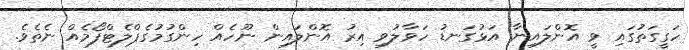
ހަގީގަތުގައި ވީ އޮންލައިނާ އަޅުގަނޑު ހަވާލުވި އިރު އޮންލައިން ނޫހެއް ހިންގުމުގެޕްލެޓްފޯމެއް ނެތެވެ.